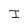
Character: I